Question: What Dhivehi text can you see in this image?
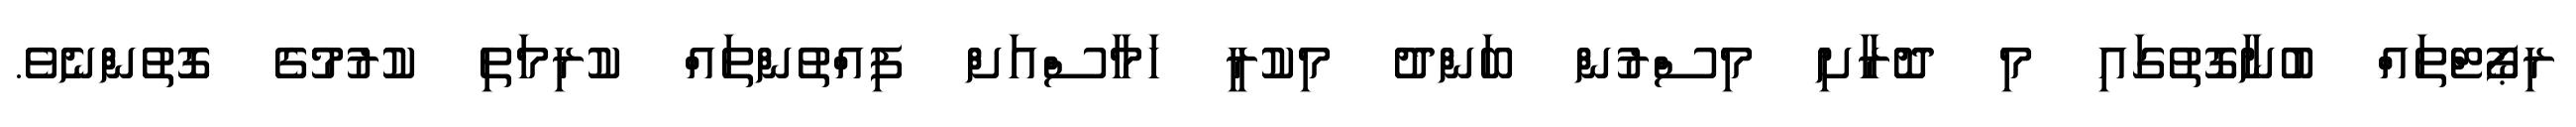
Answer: ރިޕޯޓްތައް ބުނާގޮތުގައި މި ދޮރާށި މިސްރުން ބަންދު މިކުރީ ހަމާސްއަށް ފިއްތުންތައް ކުރިމަތި ކުރުމުގެ ގޮތުންނެވެ.